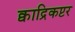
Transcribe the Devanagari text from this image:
क्वाद्रिकप्टर